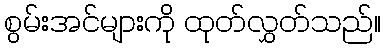
စွမ်းအင်များကို ထုတ်လွှတ်သည်။